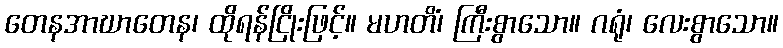
တေနအာဃာတေန၊ ထိုရန်ငြိုးဖြင့်။ မဟတိံ၊ ကြီးစွာသော။ ဂရုံ၊ လေးစွာသော။